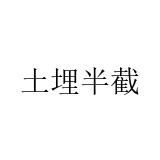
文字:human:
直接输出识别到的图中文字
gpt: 土埋半截